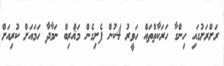
ރަށްރަށުގައި ހިންގާ ހަރަކާތްތައް ހަވީރު 4ކުން ފެށިގެން މަޣްރިބް ނަމާދާ ހަމައަށް ކުރިއަށް